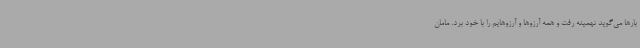
بارها می‌گوید تهمینه رفت و همه آرزوها و آرزوهایم را با خود برد. مامان